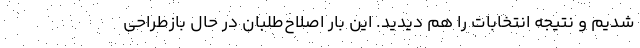
شدیم و نتیجه انتخابات را هم دیدید. این بار اصلاح‌طلبان در حال بازطراحی